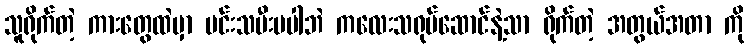
သူရိုက်တဲ့ ကားတွေထဲမှာ မင်းသမီးမပါဘဲ ကလေးသရုပ်ဆောင်နဲ့သာ ရိုက်တဲ့ အတွယ်အတာ ကို